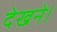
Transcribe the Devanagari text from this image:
देखने।